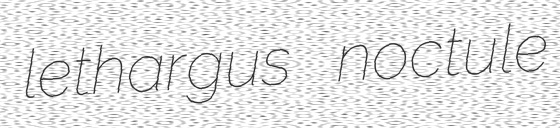
lethargus noctule